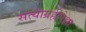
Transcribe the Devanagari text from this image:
सत्याग्रहीपेक्षा